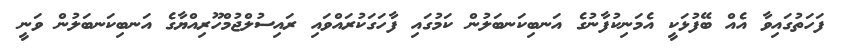
ފަހަތުގައިވާ އެއް ބޭފުޅަކީ އެމަނިކުފާނުގެ އަނބިކަނބަލުން ކަމުގައި ފާހަގަކުރައްވައި ރައިސުލްޖުމްހޫރިއްޔާގެ އަނބިކަނބަލުން ވަނީ